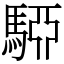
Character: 𩤷